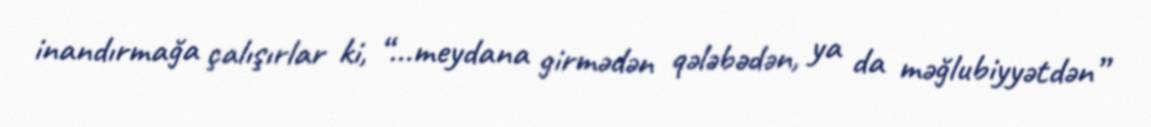
inandırmağa çalışırlar ki, “...meydana girmədən qələbədən, ya da məğlubiyyətdən”